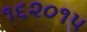
૧૬૨૦૧૫